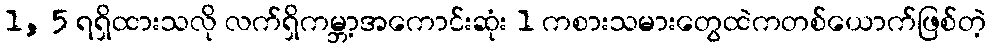
1, 5 ရရှိထားသလို လက်ရှိကမ္ဘာ့အကောင်းဆုံး 1 ကစားသမားတွေထဲကတစ်ယောက်ဖြစ်တဲ့